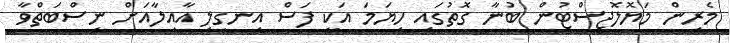
މެރިން މަޔޮލޮޖިސްޓުން ބުނާ ގޮތުގައި ހިޔަމަ އަކީ ފަސް އިނގިލި އާއިލާއަށް ނިސްބަތްވާ